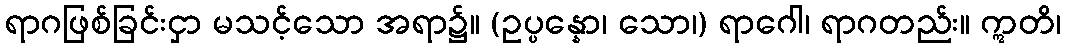
ရာဂဖြစ်ခြင်းငှာ မသင့်သော အရာ၌။ (ဥပ္ပန္နော၊ သော၊) ရာဂေါ၊ ရာဂတည်း။ ဣတိ၊